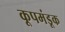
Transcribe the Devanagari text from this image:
कूपमंडूक